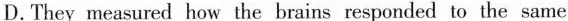
D.They measured how the brains responded to the same